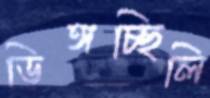
ডিঙ্গচ্ছিলি